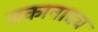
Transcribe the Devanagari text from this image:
जकानाद्य